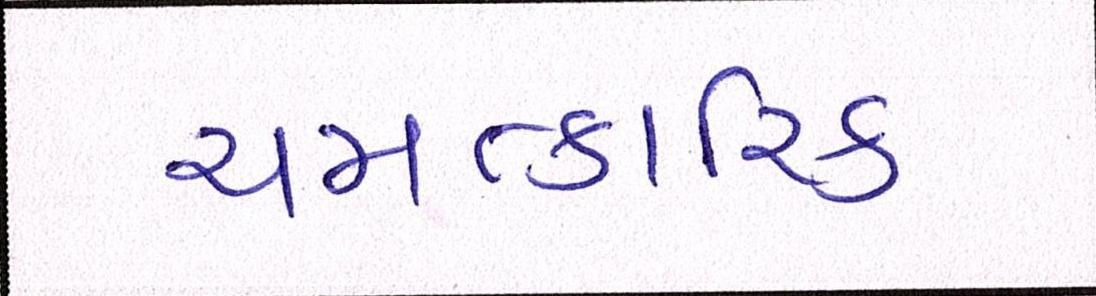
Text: ચમત્કારિક